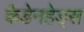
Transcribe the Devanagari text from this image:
कैडेनहेड्स